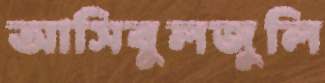
আসিবুলজুলি